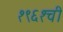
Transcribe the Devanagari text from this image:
१९६१ची